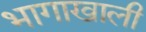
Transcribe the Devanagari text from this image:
भागाखाली